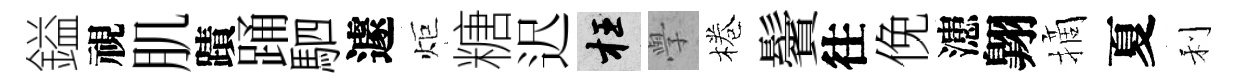
鎰視肌蹟踊駟遽炬糖迟枉𭓕棬鬢往俛漶翺摘夏利